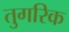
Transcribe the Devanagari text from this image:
तुगरिक